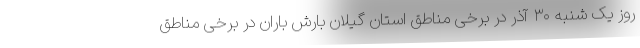
روز یک شنبه ۳۰ آذر در برخی مناطق استان گیلان بارش باران در برخی مناطق